Annual statistical returns and brief notes on vaccination in Bengal - 1909-1929
Year: 1909
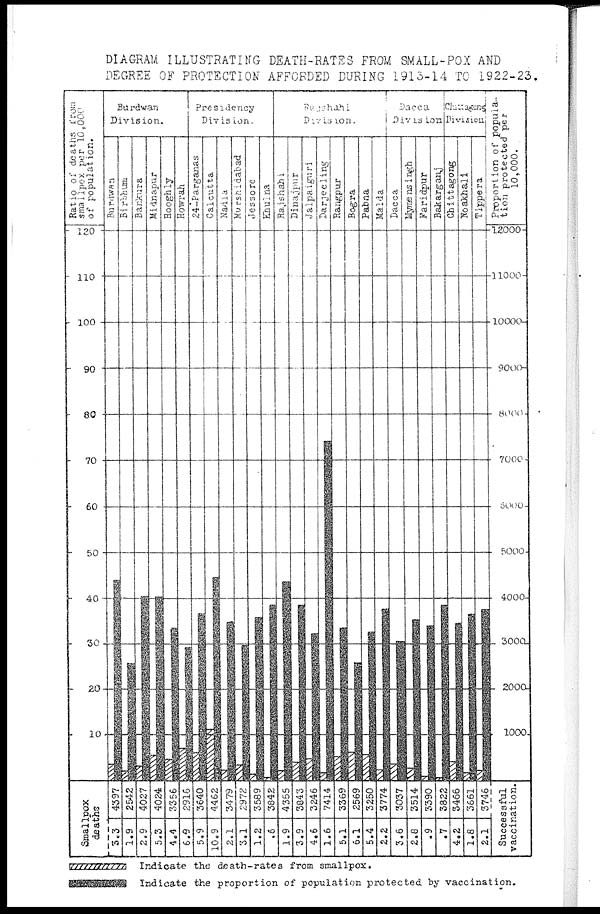
DIAGRAM ILLUSTRATING DEATH-RATES FROM SMALL-POX AND
DEGREE OF PROTECTION AFFORDED DURING 1913-14 TO 1922-23.